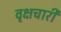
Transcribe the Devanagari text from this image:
वृक्षचारी